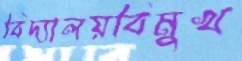
বিদ্যালয়বিমুখ